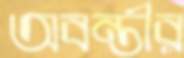
অবন্তীর